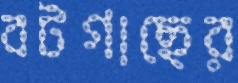
বটগাছের